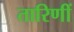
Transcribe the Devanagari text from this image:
तारिणीं